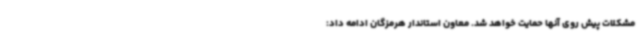
مشکلات پیش روی آنها حمایت خواهد شد. معاون استاندار هرمزگان ادامه داد: